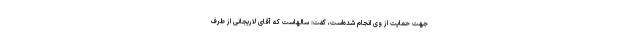
جهت حمایت از وی انجام شده‌است، گفت: سالهاست که آقای لاریجانی از طرف